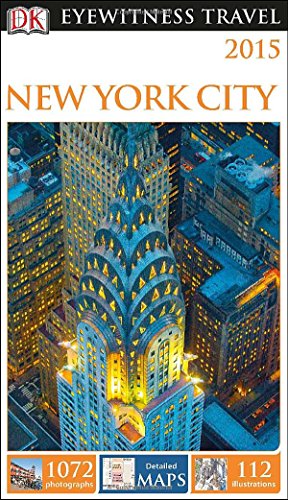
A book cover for DK Eyewitness Travel Guide: New York City; DK Publishing; Travel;